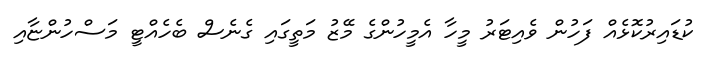
ކުޑައިރުކޮޅެއް ފަހުން ވެއިޓަރު މީހާ އެމީހުންގެ މޭޒު މަތީގައި ގެނެސް ބެހެއްޓީ މަސްހުންޏާއި